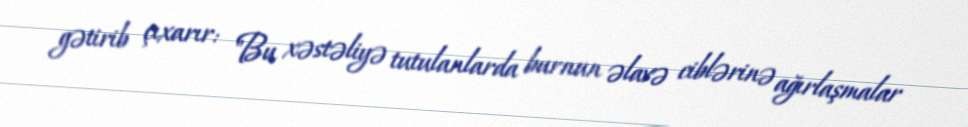
gətirib çıxarır: "Bu xəstəliyə tutulanlarda burnun əlavə ciblərinə ağırlaşmalar